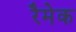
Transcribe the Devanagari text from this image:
रैमेक